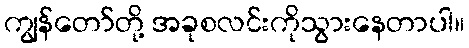
ကျွန်တော်တို့ အခုစလင်းကိုသွားနေတာပါ။